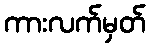
ကားလက်မှတ်